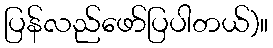
ပြန်လည်ဖော်ပြပါတယ်)။